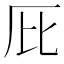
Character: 𠨽